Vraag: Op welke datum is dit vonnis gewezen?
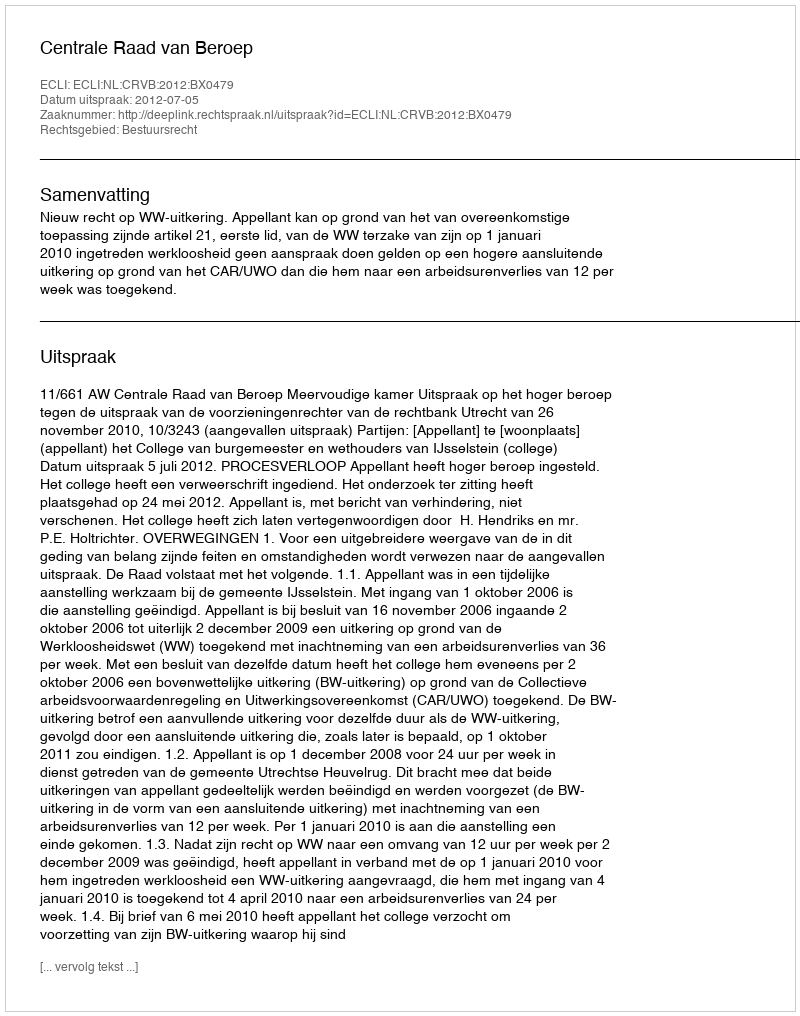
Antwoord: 2012-07-05